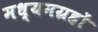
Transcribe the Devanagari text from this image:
मध्यमग्रहों